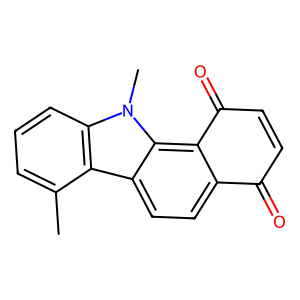
SMILES: Cc1cccc2c1c1ccc3c(c1n2C)C(=O)C=CC3=O
Inhibits HIV replication: No